Civil Veterinary Department. Madras. Admin. report 1926-33 - 1926-1933
Year: 1926
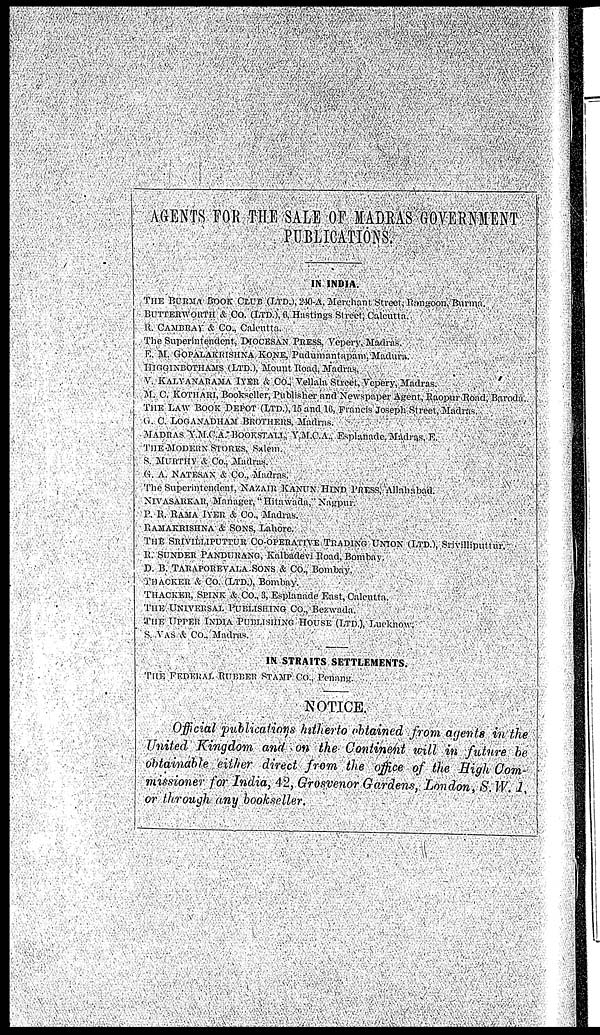
AGENTS FOR THE SALE OF MADRAS GOVERNMENT
PUBLICATIONS.
IN INDIA.
THE BURMA BOOK CLUB (LTD.), 240-A, Merchant Street, Bongoon, Burma.
BUTTERWORTH & Co. (LTD.), 6, Hastings Street, Calcutta.
R. CAMBRAN & Co., Calcutta.
The Superintendent, DIOCESAN PRESS, Vepery, Madras.
E. M. GOPALAKRISHNA KONE, Pudumantapam, Madura.
HIGGINBOTHAMS (LTD.), Mount Road, Madras.
V. KALYANARAMA IYER & Co., Vellala Street, Vepery, Madras.
M. C. KOTHARI, Bookseller, Publisher and Newspaper Agent, Raopur Road, Baroda.
THE LAW BOOK DEPOT (LTD.), 15 and 16, Francis Joseph Street, Madras.
G. C. LOGANADHAM BROTHERS, Madras.
MADRAS Y.M.C.A. BOOKSTALL, Y.M.C.A., Esplanade, Madras, E.
THE-MODERN STORES, Salem.
S. MURTHY & Co., Madras.
G. A. NATESAN & CO., Madras.
The Superintendent, NAZAIR KANUN HIND PRESS, Allahabad.
NIVASARKAR, Manager, "Hitawada," Nagpur.
P. B. RAMA IYER & Co., Madras.
RAMAKRISHNA & SONS, Lahore.
THE SRIVILLIPUTTUR CO-OPERATIVE TRADING UNION (LTD.), Srivilliputrur.
B. SUNDER PANDURANG, Kalbadevi Road, Bombay.
D. B. TARAPOREVALA SONS & Co., Bombay.
THACKER & CO. (LTD.), Bombay.
THACKER, SPINK & Co., 3, Esplanade East, Calcutta.
THE UNIVERSAL PUBLISHING CO., Bezwada.
THE UPPER INDIA PUBLISHING HOUSE (LTD.), Lucknow.
S. VAS & Co., Madras.
IN STRAITS SETTLEMENTS.
THE FEDERAL RUBBER STAMP CO., Penang.
NOTICE.
Official publications hitherto obtained from agents in the
United Kingdom and on the Continent will in future be
obtainable either direct from the office of the High Com-
missioner for India, 42, Grosvenor Gardens, London, S. W. 1.
or through any bookseller.